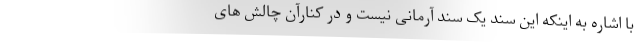
با اشاره به اینکه این سند یک سند آرمانی نیست و در کنارآن چالش های